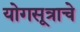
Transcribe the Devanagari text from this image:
योगसूत्राचे